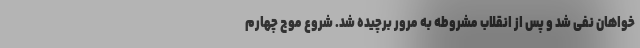
خواهان نفی شد و پس از انقلاب مشروطه به مرور برچیده شد. شروع موج چهارم